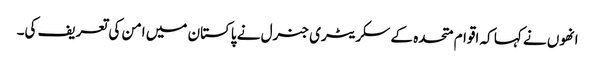
انھوں نے کہا کہ اقوام متحدہ کے سکریٹری جنرل نے پاکستان میں امن کی تعریف کی۔